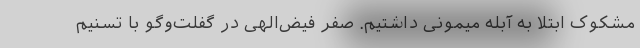
مشکوک ابتلا به آبله میمونی داشتیم. صفر فیض‌الهی در گفلت‌وگو با تسنیم